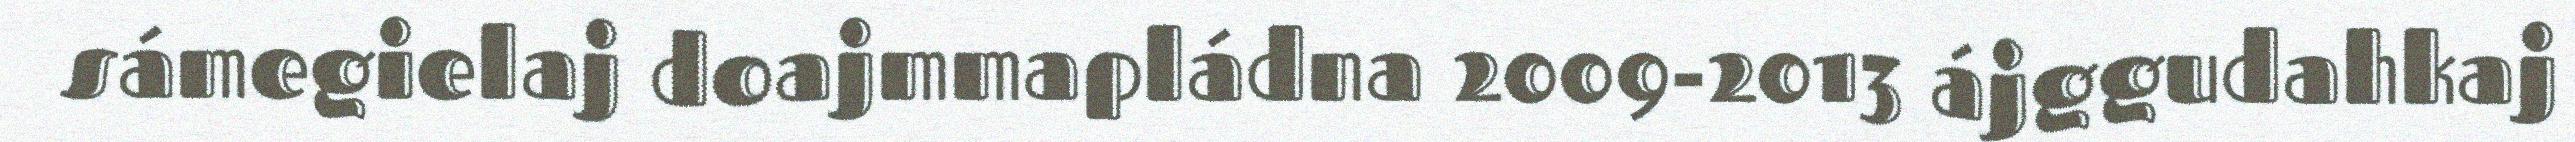
sámegielaj doajmmapládna 2009-2013 ájggudahkaj